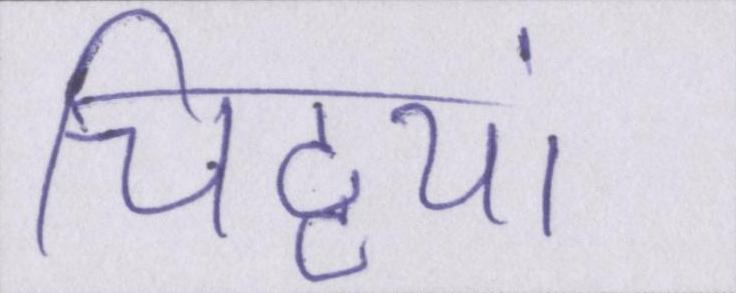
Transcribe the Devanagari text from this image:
चिट्ठयां